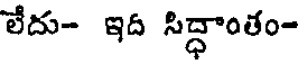
లేదు- ఇద సిద్ధాంతం-